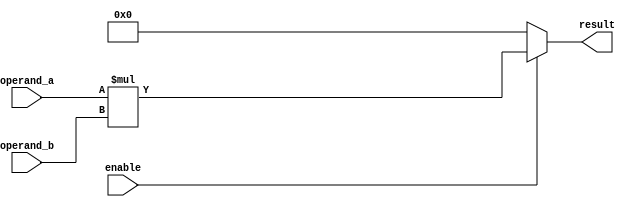
module multiplier (
    input wire enable,
    input wire [7:0] operand_a,
    input wire [7:0] operand_b,
    output wire [15:0] result
);

reg [15:0] product;

always @(*) begin
    if (enable) begin
        product = operand_a * operand_b;
    end else begin
        product = 16'h0000; // default output when not enabled
    end
end

assign result = product;

endmodule